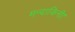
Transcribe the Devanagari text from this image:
मन्दाकिनी।